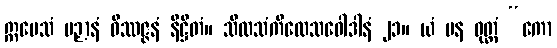
ဣမေသံ ပဉှာနံ ဝိဿဇ္ဇနံ နိဋ္ဌိတံ။ သီလသံကိလေသဝေါဒါနံ ၂၁။ ယံ ပန ဝုတ္တံ “ကော